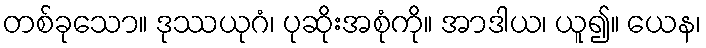
တစ်ခုသော။ ဒုဿယုဂံ၊ ပုဆိုးအစုံကို။ အာဒါယ၊ ယူ၍။ ယေန၊